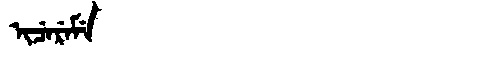
Manchu: ᡳᠴᡝᡵᡝᠮᡝ
Romanization: ICEREME